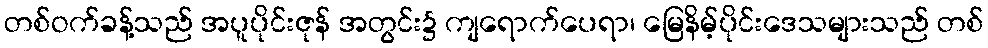
တစ်ဝက်ခန့်သည် အပူပိုင်းဇုန် အတွင်း၌ ကျရောက်ပေရာ၊ မြေနိမ့်ပိုင်းဒေသများသည် တစ်